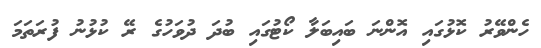
ހެންވޭރު ކޮޅުގައި އޮންނަ ބައިބަލާ ކޯޓުގައި ބުދަ ދުވަހުގެ ރޭ ކުޅުނު ފުރަތަމަ